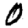
Digit: 0